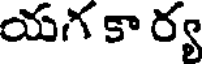
యగ కా ర్య